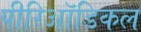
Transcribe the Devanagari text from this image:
पीरिऑडिकल